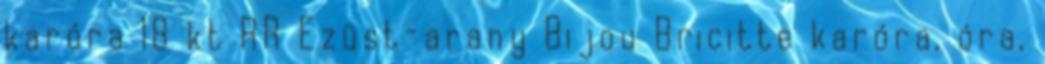
karóra 18 kt RR Ezüst-arany Bijou Bricitte karóra, óra.